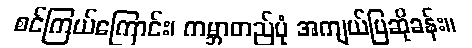
စင်ကြယ်ကြောင်း၊ ကမ္ဘာတည်ပုံ အကျယ်ပြဆိုခန်း။